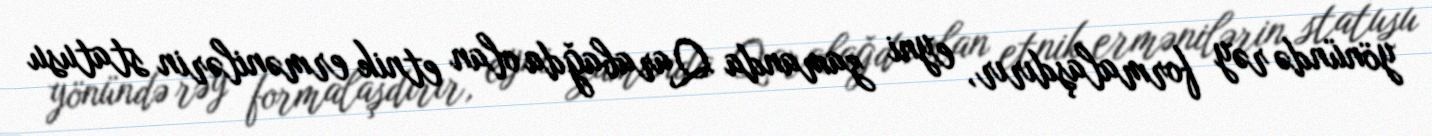
yönündə rəy formalaşdırır, eyni zamanda Qarabağda olan etnik ermənilərin statusu